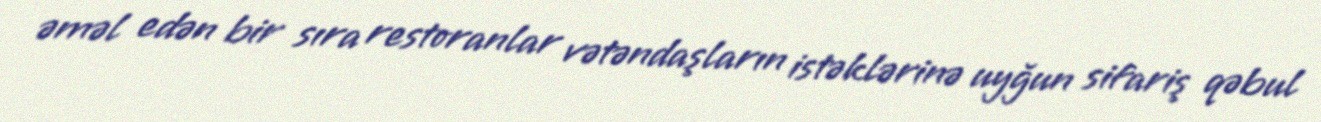
əməl edən bir sıra restoranlar vətəndaşların istəklərinə uyğun sifariş qəbul